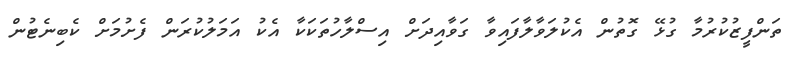
ތަންފީޒުކުރުމާ ގުޅޭ ގޮތުން އެކުލަވާލާފައިވާ ގަވާއިދަށް އިސްލާހުތަކަކާ އެކު އަމަލުކުރަން ފެށުމަށް ކެބިނެޓުން